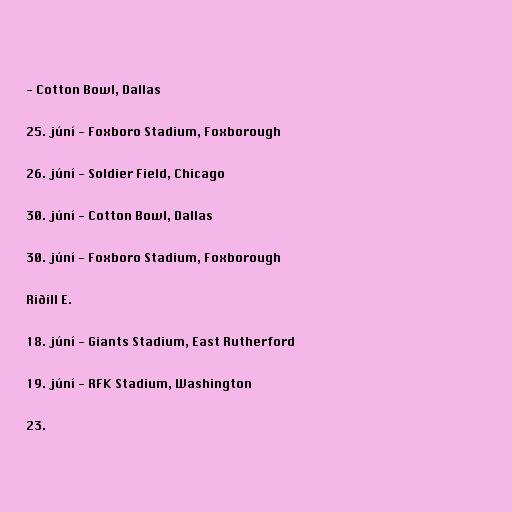
- Cotton Bowl, Dallas

25. júní - Foxboro Stadium, Foxborough

26. júní - Soldier Field, Chicago

30. júní - Cotton Bowl, Dallas

30. júní - Foxboro Stadium, Foxborough

Riðill E.

18. júní - Giants Stadium, East Rutherford

19. júní - RFK Stadium, Washington

23.